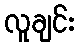
လူချင်း